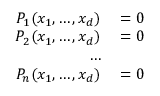
\begin{array} { r l } { P _ { 1 } ( x _ { 1 } , \ldots , x _ { d } ) } & { { } = 0 } \\ { P _ { 2 } ( x _ { 1 } , \ldots , x _ { d } ) } & { { } = 0 } \\ { \ldots } & { { } } \\ { P _ { n } ( x _ { 1 } , \ldots , x _ { d } ) } & { { } = 0 } \end{array}